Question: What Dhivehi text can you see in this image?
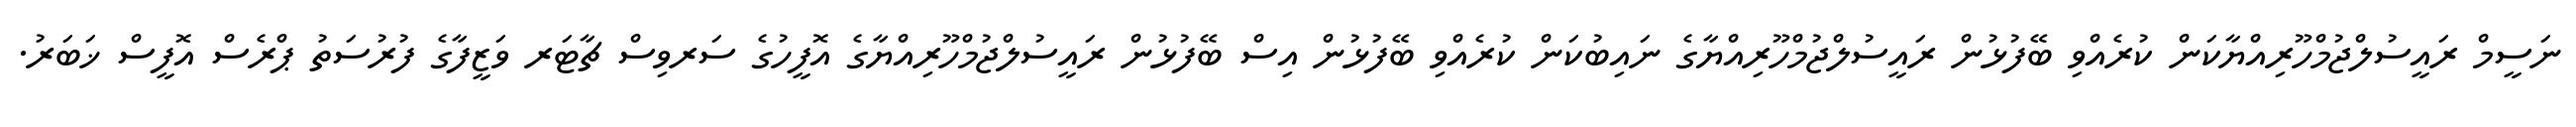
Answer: ނަސީމް ރައީސުލްޖުމްހޫރިއްޔާކަން ކުރެއްވި ބޭފުޅުން ރައީސުލްޖުމްހޫރިއްޔާގެ ނައިބުކަން ކުރެއްވި ބޭފުޅުން އިސް ބޭފުޅުން ރައީސުލްޖުމްހޫރިއްޔާގެ އޮފީހުގެ ސަރވިސް ޗާޓަރ ވަޒީފާގެ ފުރުސަތު ޕްރެސް އޮފީސް ޚަބަރު.